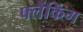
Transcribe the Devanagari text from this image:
फ्लैंकिंग